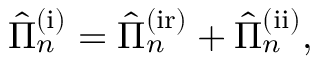
\begin{array} { r } { \hat { \Pi } _ { n } ^ { \mathrm { ( i ) } } = \hat { \Pi } _ { n } ^ { \mathrm { ( i r ) } } + \hat { \Pi } _ { n } ^ { \mathrm { ( i i ) } } , } \end{array}